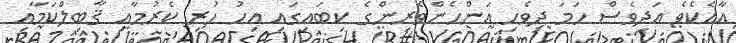
އާއެކެވެ އަދިވެސް ހަމަ ދިވެހި އަންހެންވެރިންގެ ކިބައިގައި އިހު ހުރި ކެރުމާއި ޤާބިލްކަމާއި